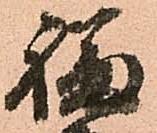
福